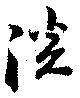
淡